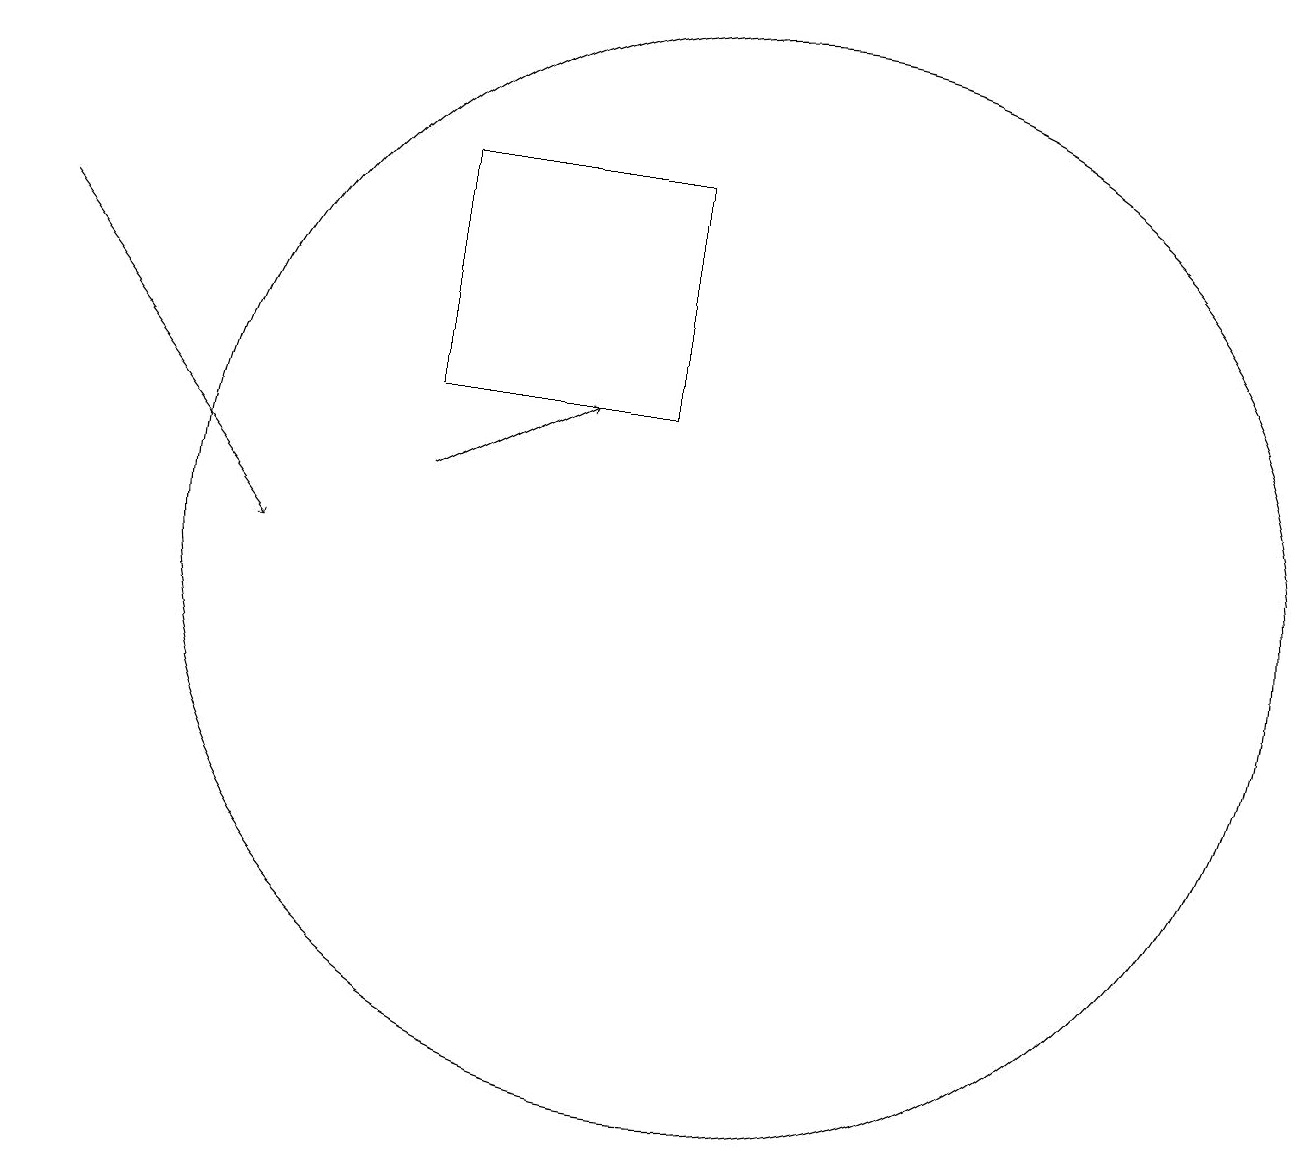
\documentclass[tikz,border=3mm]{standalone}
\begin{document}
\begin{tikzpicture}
\draw (10,11) circle (7);
\draw[->] (6,12) -- (8,13);
\draw (6,16) rectangle (9,13);
\draw[->] (1,15) -- (4,11);
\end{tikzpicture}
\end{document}